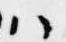
ハ